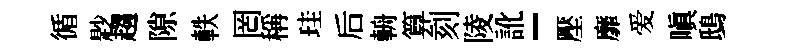
循尟趨隙軼罔稱珪后輈算刻陵訛-壓靡爱嗔鴟